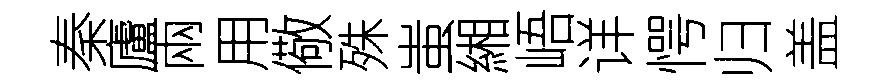
秦廬兩用儆殊蚩緗峿详愕归盖